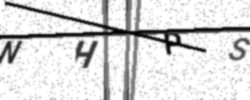
Text: NHPS